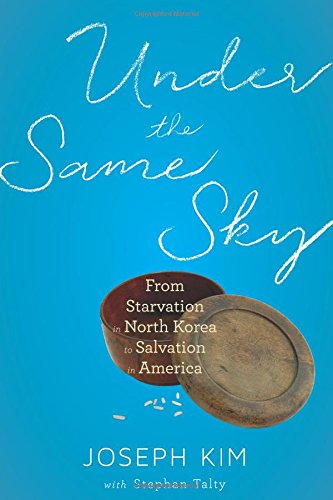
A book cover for Under the Same Sky: From Starvation in North Korea to Salvation in America; Joseph Kim; Biographies & Memoirs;